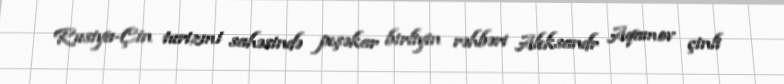
Rusiya-Çin turizmi sahəsində peşəkar birliyin rəhbəri Aleksandr Aqamov çinli